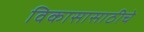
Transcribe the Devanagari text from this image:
विकासासाठीचे